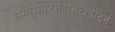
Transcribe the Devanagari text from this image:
सम्यग्ज्ञानमहामन्त्रवेदिनं